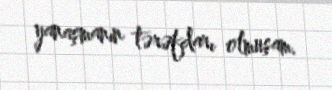
yanaşmanın tərəfdarı olmuşam.